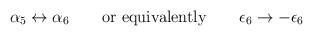
LaTeX: \begin{align*}\alpha_5\leftrightarrow\alpha_6 \quad \quad \mbox{or equivalently} \quad \quad \epsilon_6\rightarrow -\epsilon_6\end{align*}